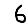
Digit: 6